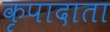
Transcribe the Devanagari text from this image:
कृपादाता